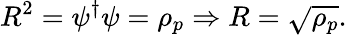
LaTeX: R^{2}=\psi^{\dagger}\psi=\rho_{p}\Rightarrow R=\sqrt{\rho_{p}}.